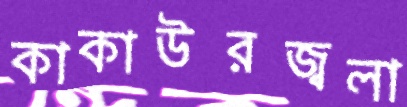
কাকাউরজ্বলা